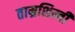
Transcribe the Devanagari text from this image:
ताम्रशिम्बी